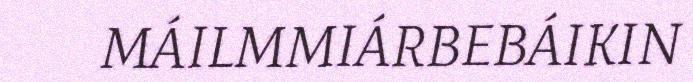
MÁILMMIÁRBEBÁIKIN